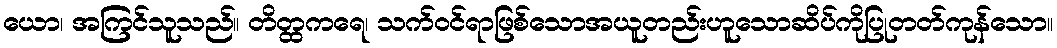
ယော၊ အကြင်သူသည်။ တိတ္ထကရေ၊ သက်ဝင်ရာဖြစ်သောအယူတည်းဟူသောဆိပ်ကိုပြုတတ်ကုန်သော။